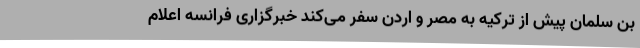
بن سلمان پیش از ترکیه به مصر و اردن سفر می‌کند خبرگزاری فرانسه اعلام